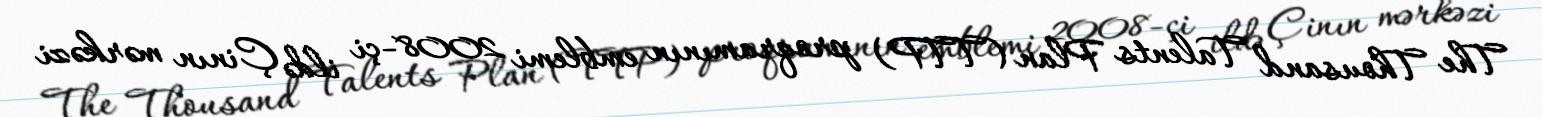
The Thousand Talents Plan (TTP) proqramının emblemi 2008-çi ildə Çinın mərkəzi